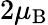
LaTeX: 2\mu_{\mathrm{B}}